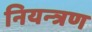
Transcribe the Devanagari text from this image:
नियन्‍त्रण